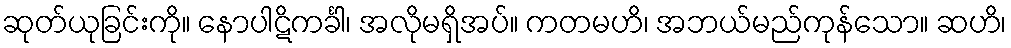
ဆုတ်ယုခြင်းကို။ နောပါဋိကင်္ခါ၊ အလိုမရှိအပ်။ ကတမဟိ၊ အဘယ်မည်ကုန်သော။ ဆဟိ၊